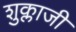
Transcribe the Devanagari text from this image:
शुक्लाजी